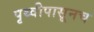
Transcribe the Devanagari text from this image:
पृथ्वीपासूनच